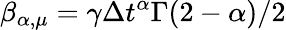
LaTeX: \beta_{\alpha,\mu}=\gamma\Delta t^{\alpha}\Gamma(2-\alpha)/2